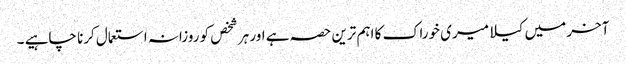
آخر میں کیلا میری خوراک کا اہم ترین حصہ ہے اور ہر شخص کو روزانہ استعمال کرنا چاہیے ۔